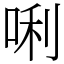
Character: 唎